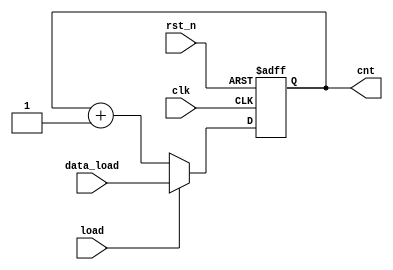
// This program was cloned from: https://github.com/RomeoMe5/DDLM
// License: MIT License

// Counter with load data

module cnt_load
#(
  parameter WIDTH=16
  )
(
 input                  clk,
 input                  rst_n,
 input                  load,
 input [WIDTH-1:0]      data_load,
 output reg [WIDTH-1:0] cnt
 );

   always@(posedge clk or negedge rst_n)
     begin:cnt_with_load
        if(!rst_n)
          cnt <= {WIDTH{1'b0}};
        else if(load)
          cnt <= data_load;
        else
          cnt <= cnt + 1'b1;
     end
   
endmodule // cnt_load